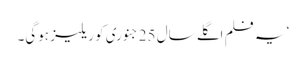
‘ یہ فلم اگلے سال 25 جنوری کو ریلیز ہوگی۔